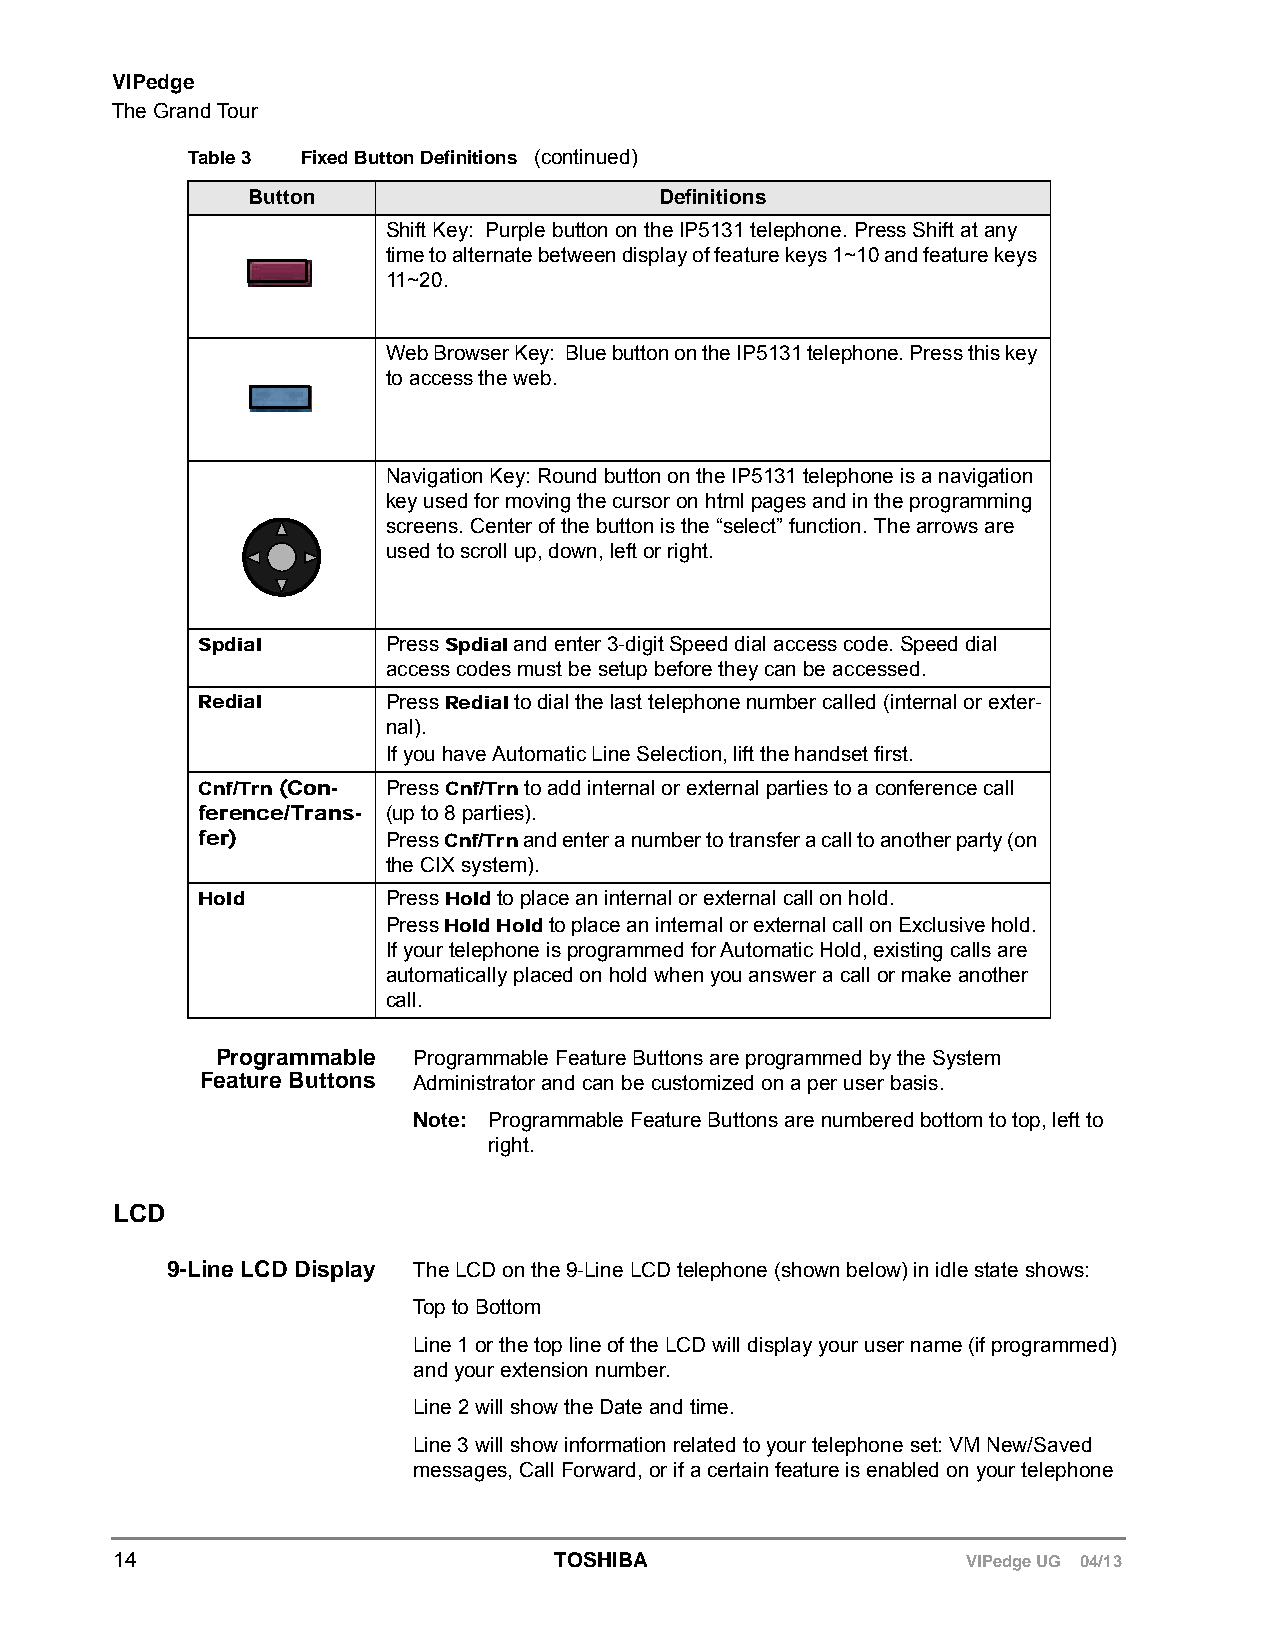
VIPedge
 The Grand Tour
 Table 3 Fixed Button Definitions (continued)
 Button                      Definitions
 Shift Key: Purple button on the IP5131 telephone. Press Shift at any
 time to alternate between display of feature keys 1~10 and feature keys
 11~20.
 Web Browser Key: Blue button on the IP5131 telephone. Press this key
 to access the web.
 Navigation Key: Round button on the IP5131 telephone is a navigation
 key used for moving the cursor on html pages and in the programming
 screens. Center of the button is the “select” function. The arrows are
 used to scroll up, down, left or right.
 Spdial       Press Spdial and enter 3-digit Speed dial access code. Speed dial
 access codes must be setup before they can be accessed.
 Redial       Press Redial to dial the last telephone number called (internal or exter-
 nal).
 If you have Automatic Line Selection, lift the handset first.
 Cnf/Trn (Con- Press Cnf/Trn to add internal or external parties to a conference call
 ference/Trans- (up to 8 parties).
 fer)         Press Cnf/Trn and enter a number to transfer a call to another party (on
 the CIX system).
 Hold         Press Hold to place an internal or external call on hold.
 Press Hold Hold to place an internal or external call on Exclusive hold.
 If your telephone is programmed for Automatic Hold, existing calls are
 automatically placed on hold when you answer a call or make another
 call.
 Programmable Programmable Feature Buttons are programmed by the System
 Feature Buttons Administrator and can be customized on a per user basis.
 Note: Programmable Feature Buttons are numbered bottom to top, left to
 right.
 LCD
 9-Line LCD Display The LCD on the 9-Line LCD telephone (shown below) in idle state shows:
 Top to Bottom
 Line 1 or the top line of the LCD will display your user name (if programmed)
 and your extension number.
 Line 2 will show the Date and time.
 Line 3 will show information related to your telephone set: VM New/Saved
 messages, Call Forward, or if a certain feature is enabled on your telephone
 14                           TOSHIBA                    VIPedge UG 04/13